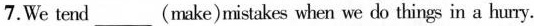
7.We tend___(make)mistakes when we do things in a hurry.